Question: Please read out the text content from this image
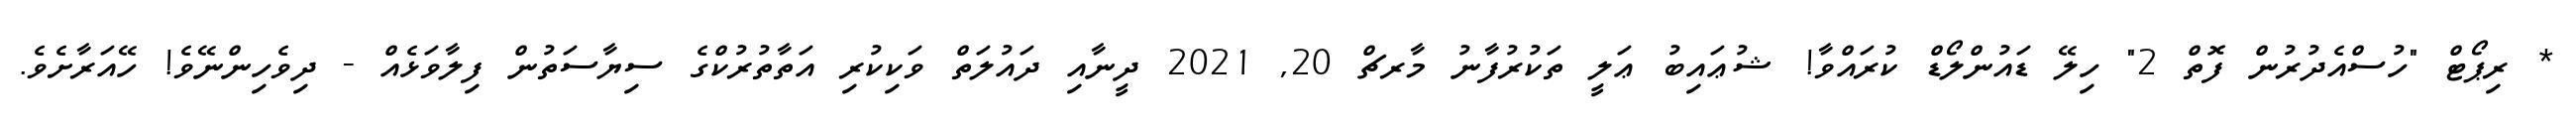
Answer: * ރިޕޯޓް "ހުސްއެދުރުން ފޮތް 2" ހިލޭ ޑައުންލޯޑް ކުރައްވާ! ޝުޢައިބު ޢަލީ ތަކުރުފާނު މާރޗް 20, 2021 ދީނާއި ދައުލަތް ވަކިކުރި އަތާތުރުކްގެ ސިޔާސަތުން ފިލާވަޅެއް - ދިވެހިންނޭވެ! ހޭއަރާށެވެ.